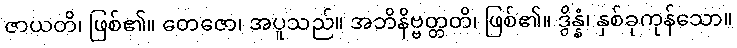
ဇာယတိ၊ ဖြစ်၏။ တေဇော၊ အပူသည်။ အဘိနိဗ္ဗတ္တတိ၊ ဖြစ်၏။ ဒွိန္နံ၊ နှစ်ခုကုန်သော။